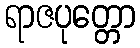
ရာဇပုတ္တော